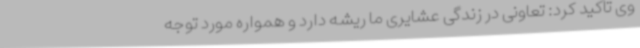
وی تأکید کرد: تعاونی در زندگی عشایری ما ریشه دارد و همواره مورد توجه